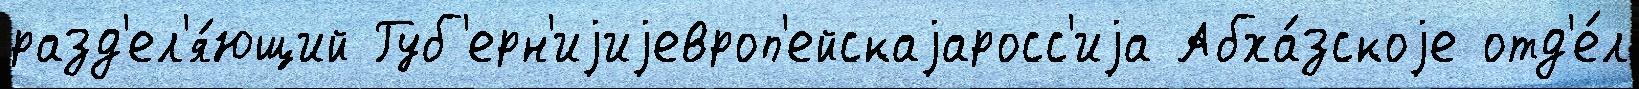
разд'ел'я́ющий Губ'ерн'иjиjевроп'ейскаjаросс'иjа Абха́зскоjе отд'е́л